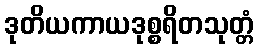
ဒုတိယကာယဒုစ္စရိတသုတ္တံ